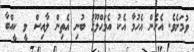
ވުމަށެވެ. އެހެން އެހުމާ އެކު އެމަޙްލޫޤު ބުނި އެތިން ލާއިސް ވީ ކީއްބާ